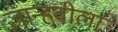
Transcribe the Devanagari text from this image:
जान्हवीला